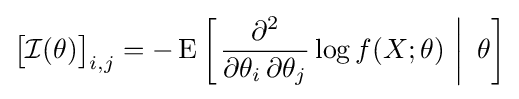
{\bigl [}{\mathcal {I}}(\theta ){\bigr ]}_{i,j}=-\operatorname {E} \left[\left.{\frac {\partial ^{2}}{\partial \theta _{i}\,\partial \theta _{j}}}\log f(X;\theta )\,\,\right|\,\,\theta \right]